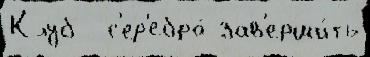
Клуб  с'ер'ебро́ зав'ерши́ть